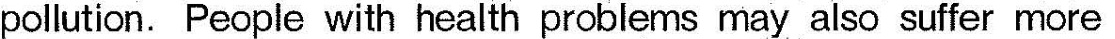
pollution. People with health problems may also suffer more